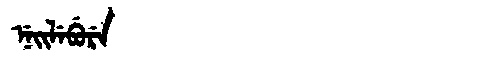
Manchu: ᠨᡝᡳᠯᡝᠪᡠᡵᡝ
Romanization: NEILEBURE